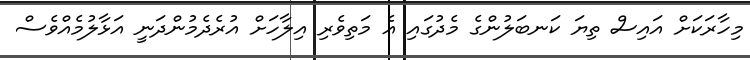
މިހާރަކަށް އައިސް ތިޔަ ކަނބަލުންގެ މެދުގައި އެ މަތިވެރި އިލާހަށް އުރެދެމުންދަނީ އަޅާލުމެއްވެސް